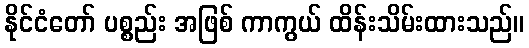
နိုင်ငံတော် ပစ္စည်း အဖြစ် ကာကွယ် ထိန်းသိမ်းထားသည်။